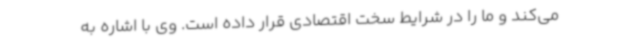
می‌کند و ما را در شرایط سخت اقتصادی قرار داده است. وی با اشاره به